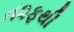
ત૨ફથી